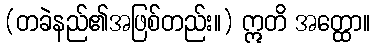
(တခဲနည်၏အဖြစ်တည်း။) ဣတိ အတ္ထော။